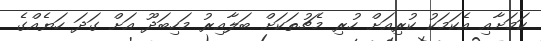
ކަމަށާއި އެކަމަކު ކުރިއަށް ހުރި މެޗުތަކަށް ބަލާއިރު މަހިބަދޫ އަށް ގަދަ ހަޔެއްގެ